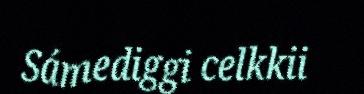
Sámediggi celkkii